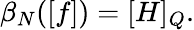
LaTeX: \beta_{N}([f])=[H]_{Q}.